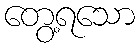
တွေ့ရသော